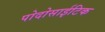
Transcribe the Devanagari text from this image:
पोदोसाईटिक